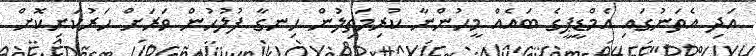
އަދި އެތަނުގައި އެމްޑީޕީގެ ބައެއް މީހުންނާ ކުރިމަތިލުން ހިނގާ ފުލުހުން ވަރަށް ހަރުކަށިކޮށް